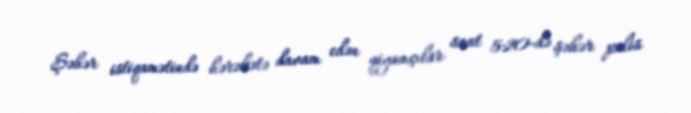
Şəhər istiqamətində hərəkətə davam edən qiyamçılar saat 5:20-də şəhər polis